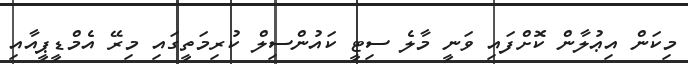
މިކަން އިޢުލާން ކޮށްފައި ވަނީ މާލެ ސިޓީ ކައުންސިލް ކުރިމަތީގައި މިރޭ އެމްޑީޕީއާއި